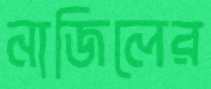
নাজিলের